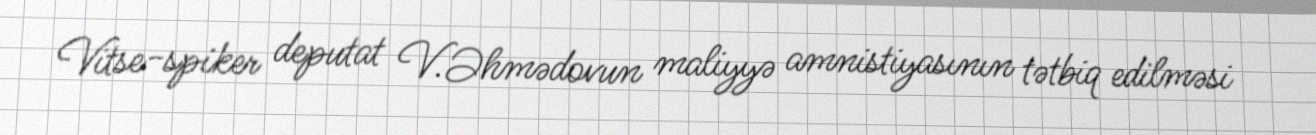
Vitse-spiker deputat V.Əhmədovun maliyyə amnistiyasının tətbiq edilməsi